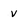
Character: v